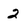
Character: 2